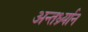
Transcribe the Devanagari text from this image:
अन्तर्ध्र्यान